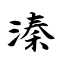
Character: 溱